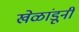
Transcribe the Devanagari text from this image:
खेळांडूनी